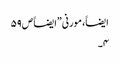
ایضاََ، مورنی”ایضاََ ص ۵۹
۴۔